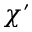
\chi ^ { \prime }